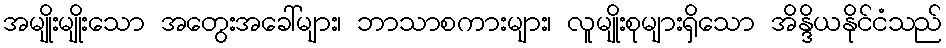
အမျိုးမျိုးသော အတွေးအခေါ်များ၊ ဘာသာစကားများ၊ လူမျိုးစုများရှိသော အိန္ဒိယနိုင်ငံသည်